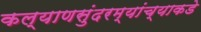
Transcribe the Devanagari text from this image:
कल्याणसुंदरम्यांच्याकडे